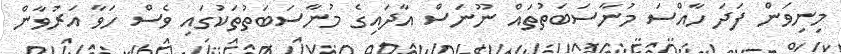
މިނިވަން ފަދަ ހާއްސަ މުނާސަބަތުތައް ނޫނަސް އާދައިގެ މުނާސަބަތުތަކުގައި ވެސް ހަވާ އަރުވާން